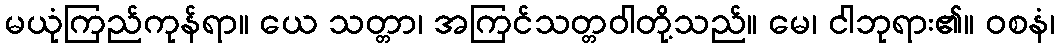
မယုံကြည်ကုန်ရာ။ ယေ သတ္တာ၊ အကြင်သတ္တဝါတို့သည်။ မေ၊ ငါဘုရား၏။ ဝစနံ၊